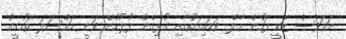
ނަމަވެސް ޒަކީ ފަހުން މާލެ ވަޑައިގަތުމާއި ގުޅިގެން ފުލުހުން ވަނީ މައްސަލަ ތަހުގީގު